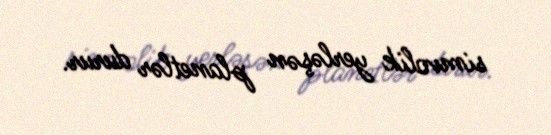
simvolik yerləşən planetlər durur.